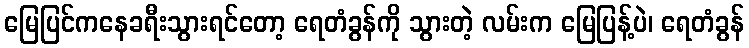
မြေပြင်ကနေခရီးသွားရင်တော့ ရေတံခွန်ကို သွားတဲ့ လမ်းက မြေပြန့်ပဲ၊ ရေတံခွန်